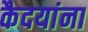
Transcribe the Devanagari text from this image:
कैदयांना